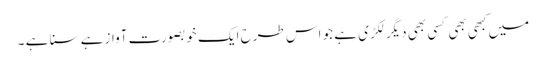
میں کبھی بھی کسی بھی دیگر لکڑی ہے جو اس طرح ایک خوبصورت آواز ہے سنا ہے ۔